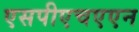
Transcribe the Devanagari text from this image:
एसपीएचएएन